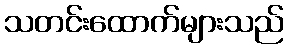
သတင်းထောက်များသည်